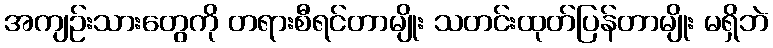
အကျဉ်းသားတွေကို တရားစီရင်တာမျိုး သတင်းထုတ်ပြန်တာမျိုး မရှိဘဲ